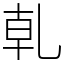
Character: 乹